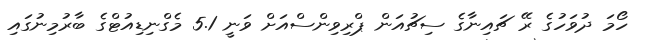
ހޯމަ ދުވަހުގެ ރޭ ޗައިނާގެ ސިޗުއަން ޕްރިވިންސްއަށް ވަނީ 5.1 މެގްނިޑިއުޓްގެ ބާރުމިނުގައި